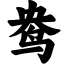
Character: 鸯